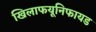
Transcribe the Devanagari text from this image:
खिलाफयूनिफायड